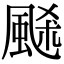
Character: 𩗉